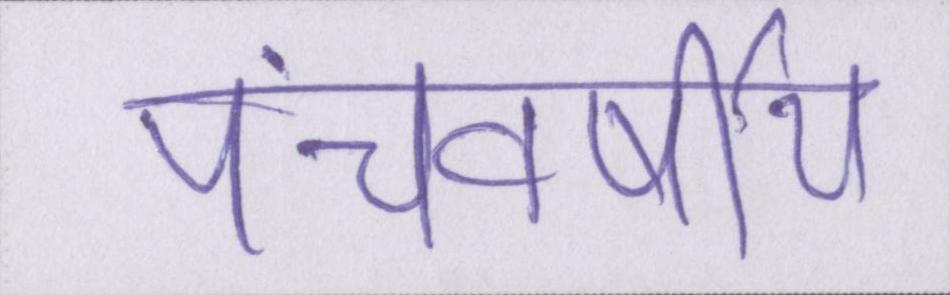
पंचवर्षीय